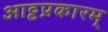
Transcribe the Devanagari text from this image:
आट्टप्रकारम्